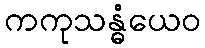
ကကုသန္ဓံယေဝ